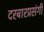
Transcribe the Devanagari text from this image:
दरबारप्रसंगी